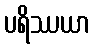
ပရိဿယာ